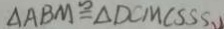
\Delta A B M \cong \Delta D C M ( S S S )